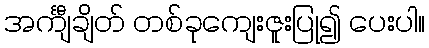
အင်္ကျီချိတ် တစ်ခုကျေးဇူးပြု၍ ပေးပါ။